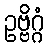
ဥဗ္ဗိဂ္ဂံ